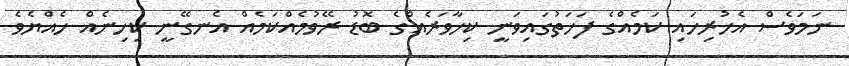
ނަމަވެސް އެހުރިހައި ކަމެއްގެ ފަހަތުގައިވަނީ ކިހާވަރެއްގެ ބޮޑު ރޭވުމެއްކަމެއް އެނގޭނީ ކިހިނެއް ހެއްޔެވެ